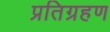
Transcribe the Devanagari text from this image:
प्रतिग्रहण